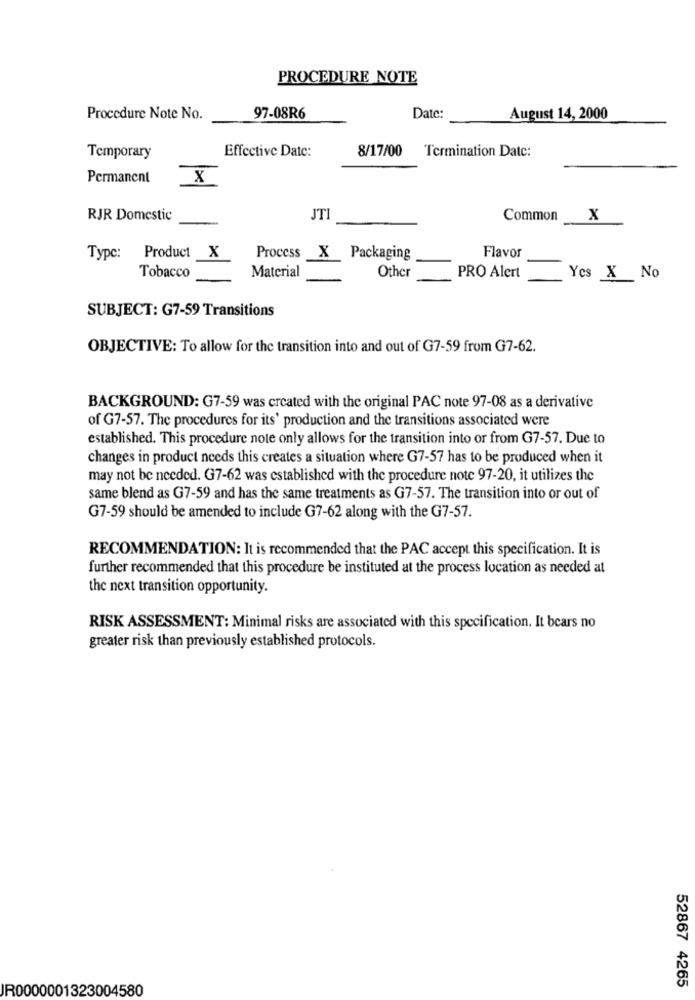
PROCEDURE NOTE
Procedure Note No.
97-08R6
Date:
August 14, 2000
Effective Date:
8/17/00
Temporary
Termination Date:
Permanent
X
RJR Domestic
JTI
Common
x
Type: Product X
Process X Packaging
Flavor
Tobacco
Material
Other
PRO Alert
Yes X No
SUBJECT: G7-59 Transitions
OBJECTIVE: To allow for the transition into and out of G7-59 from G7-62.
BACKGROUND: G7-59 was created with the original PAC note 97-08 as a derivative
of G7-57. The procedures for its' production and the transitions associated were
established. This procedure note only allows for the transition into or from G7-57. Due to
changes in product needs this creates a situation where G7-57 has to be produced when it
may not be needed. G7-62 was established with the procedure note 97-20, it utilizes the
same blend as G7-59 and has the same treatments as G7-57. The transition into or out of
G7-59 should be amended to include G7-62 along with the G7-57.
RECOMMENDATION: It is recommended that the PAC accept this specification. It is
further recommended that this procedure be instituted at the process location as needed at
the next transition opportunity.
RISK ASSESSMENT: Minimal risks are associated with this specification. It bears no
greater risk than previously established protocols.
IR0000001323004580
52867 4265